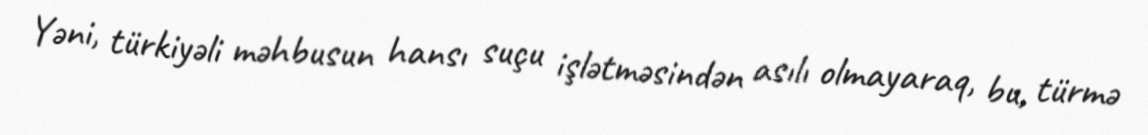
Yəni, türkiyəli məhbusun hansı suçu işlətməsindən asılı olmayaraq, bu, türmə